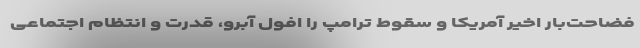
فضاحت‌بار اخیر آمریکا و سقوط ترامپ را افول آبرو، قدرت و انتظام اجتماعی